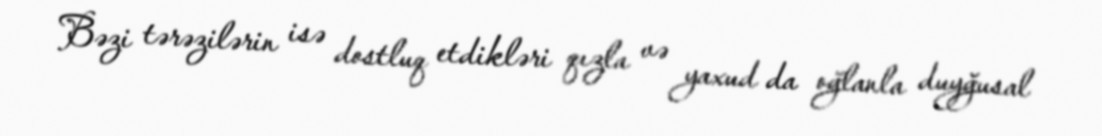
Bəzi tərəzilərin isə dostluq etdikləri qızla və yaxud da oğlanla duyğusal